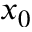
x _ { 0 }